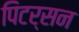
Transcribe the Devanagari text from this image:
पिटर्सन